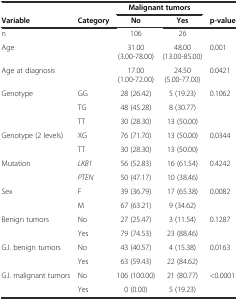
<table><thead><tr><td></td><td></td><td colspan="2"><b>Malignant tumors</b></td><td></td></tr><tr><td><b>Variable</b></td><td><b>Category</b></td><td><b>No</b></td><td><b>Yes</b></td><td><b>p-value</b></td></tr></thead><tbody><tr><td>n</td><td></td><td>106</td><td>26</td><td></td></tr><tr><td>Age</td><td></td><td>31.00 (3.00-78.00)</td><td>48.00 (13.00-85.00)</td><td>0.001</td></tr><tr><td>Age at diagnosis</td><td></td><td>17.00 (1.00-72.00)</td><td>24.50 (5.00-77.00)</td><td>0.0421</td></tr><tr><td>Genotype</td><td>GG</td><td>28 (26.42)</td><td>5 (19.23)</td><td>0.1062</td></tr><tr><td></td><td>TG</td><td>48 (45.28)</td><td>8 (30.77)</td><td></td></tr><tr><td></td><td>TT</td><td>30 (28.30)</td><td>13 (50.00)</td><td></td></tr><tr><td>Genotype (2 levels)</td><td>XG</td><td>76 (71.70)</td><td>13 (50.00)</td><td>0.0344</td></tr><tr><td></td><td>TT</td><td>30 (28.30)</td><td>13 (50.00)</td><td></td></tr><tr><td>Mutation</td><td><i>LKB1</i></td><td>56 (52.83)</td><td>16 (61.54)</td><td>0.4242</td></tr><tr><td></td><td><i>PTEN</i></td><td>50 (47.17)</td><td>10 (38.46)</td><td></td></tr><tr><td>Sex</td><td>F</td><td>39 (36.79)</td><td>17 (65.38)</td><td>0.0082</td></tr><tr><td></td><td>M</td><td>67 (63.21)</td><td>9 (34.62)</td><td></td></tr><tr><td>Benign tumors</td><td>No</td><td>27 (25.47)</td><td>3 (11.54)</td><td>0.1287</td></tr><tr><td></td><td>Yes</td><td>79 (74.53)</td><td>23 (88.46)</td><td></td></tr><tr><td>G.I. benign tumors</td><td>No</td><td>43 (40.57)</td><td>4 (15.38)</td><td>0.0163</td></tr><tr><td></td><td>Yes</td><td>63 (59.43)</td><td>22 (84.62)</td><td></td></tr><tr><td>G.I. malignant tumors</td><td>No</td><td>106 (100.00)</td><td>21 (80.77)</td><td>&lt;0.0001</td></tr><tr><td></td><td>Yes</td><td>0 (0.00)</td><td>5 (19.23)</td><td></td></tr></tbody></table>